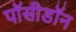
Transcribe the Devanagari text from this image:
पॉसीडॉन